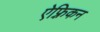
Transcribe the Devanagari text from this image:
ऐफ़्रिकन